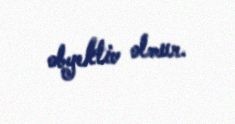
obyektiv olmur.